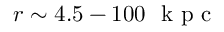
r \sim 4 . 5 - 1 0 0 ~ \mathrm { ~ k ~ p ~ c ~ }